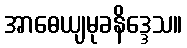
အာဓေယျမုခနိဒ္ဒေသ။